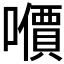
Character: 𰉀